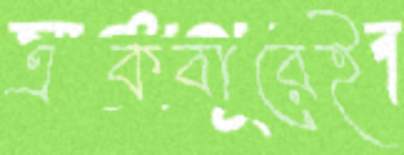
একবারেই